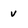
Character: u